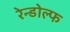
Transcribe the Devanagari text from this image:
रेन्डोल्फ